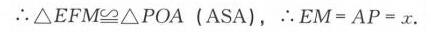
\(\therefore\triangle EFM\cong\triangle POA\ (\text{ASA}),\ \therefore EM = AP = x\).